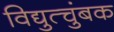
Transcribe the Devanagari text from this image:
विद्युत्चुंबक